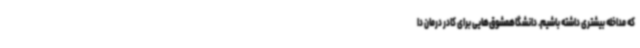
که مداخله بیشتری داشته باشیم. دانشگاهمشوق‌هایی برای کادر درمان دا